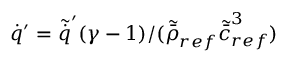
\dot { q } ^ { \prime } = \tilde { \dot { q } } ^ { \prime } ( \gamma - 1 ) / ( \tilde { \bar { \rho } } _ { r e f } \tilde { \bar { c } } _ { r e f } ^ { 3 } )